Scottish Certificate of Education, 1962
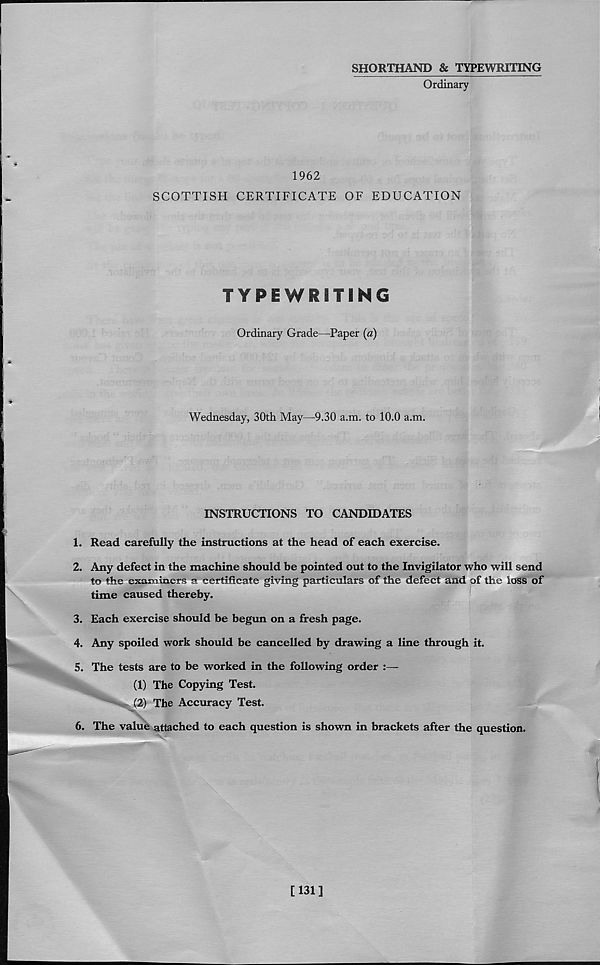
SHORTHAND & TYPEWRITING
Ordinary
1962
SCOTTISH CERTIFICATE OF EDUCATION
TYPEWRITING
Ordinary Grade—Paper (a)
Wednesday, 30th May—9.30 a.m. to 10.0 a.m.
INSTRUCTIONS TO CANDIDATES
1. Read carefully the instructions at the head of each exercise.
2. Any defect in the machine should be pointed out to the Invigilator who will send
to the exasmners a certificate giving particulars of the defect and of the loss of
time caused thereby.
3. Each exercise should be begun on a fresh page.
4. Any spoiled work should be cancelled by drawing a line through it.
5. The tests are to be worked in the following order :—
(1) The Copying Test.
(2) The Accuracy Test.
6. The value attached to each question is shown in brackets after the question.
[131]